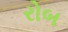
રોબ